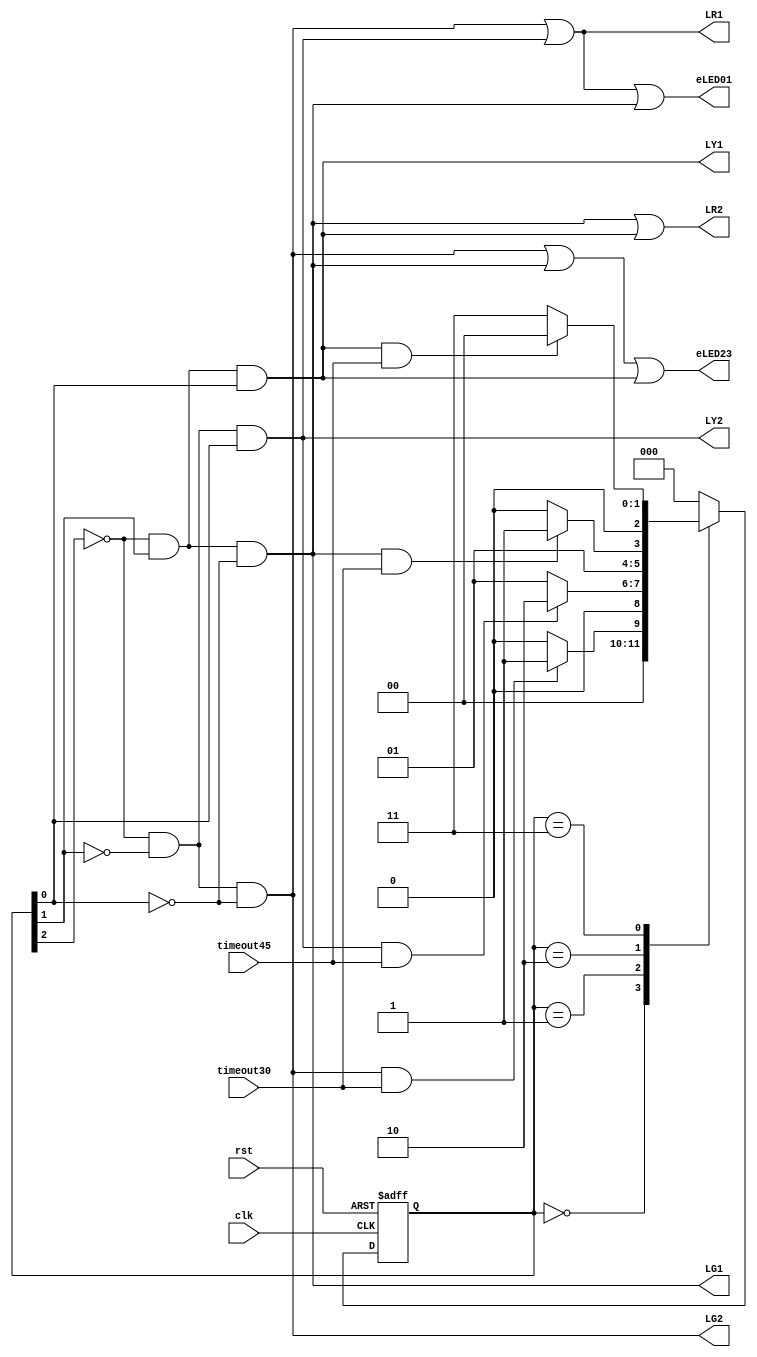
module state(	clk,
				rst,
				timeout45,timeout30,		//tin hieu dieu khien FSM
				LR1,LR2,LG1,LG2,LY1,LY2,	//tin hieu den bao
				eLED01, eLED23			//cho phep hien thi tren led7seg
				);
	input clk,rst,timeout45,timeout30;
	output LR1,LR2,LG1,LG2,LY1,LY2,eLED01,eLED23;
//gan ma trang thai
	parameter	S0 = 3'b000;
	parameter	S1 = 3'b001;
	parameter	S2 = 3'b010;
	parameter	S3 = 3'b011;

	reg	[2:0] current_state;
	reg	[2:0] next_state;
	wire s_s0,s_s1,s_s2,s_s3;
	
	always@(posedge clk or posedge rst)
		begin		
			if (rst)
				current_state <= S0;
			else
				current_state <= next_state;
		end
	assign LR1 = s_s0|s_s1;
	assign LR2 = s_s2|s_s3;
	assign LG1 = s_s2;
	assign LG2 = s_s0;
	assign LY1 = s_s3;
	assign LY2 = s_s1;
	assign eLED01 = s_s0|s_s1|s_s2;
	assign eLED23 = s_s0|s_s2|s_s3;

	always@(current_state or timeout45 or timeout30 or s_s0 or s_s1 or s_s2 or s_s3)
		begin	
			case (current_state)
				S0:	if (s_s0 & timeout30)
						next_state <= S1;
					else 
						next_state <= S0;
				S1:	if (s_s1 & timeout45)
						next_state <= S2;
					else 
						next_state <= S1;
				S2:	if (s_s2 & timeout30)
						next_state <= S3;
					else 
						next_state <= S2;
				S3:	if (s_s3 & timeout45)
						next_state <= S0;
					else 
						next_state <= S3;
				default: next_state <= S0;
			endcase
		end
	assign s_s0 = ~current_state[2]&~current_state[1]&~current_state[0];
	assign s_s1 = ~current_state[2]&~current_state[1]& current_state[0];
	assign s_s2 = ~current_state[2]& current_state[1]&~current_state[0];
	assign s_s3 = ~current_state[2]& current_state[1]& current_state[0];
endmodule